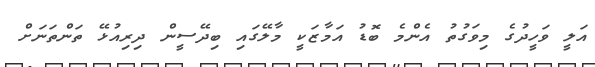
އަލީ ވަހީދުގެ މިވަގުތު އެންމެ ބޮޑު އަމާޒަކީ މާލޭގައި ބިދޭސީން ދިރިއުޅޭ ތަންތަނަށް